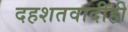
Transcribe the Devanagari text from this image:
दहशतवादीही